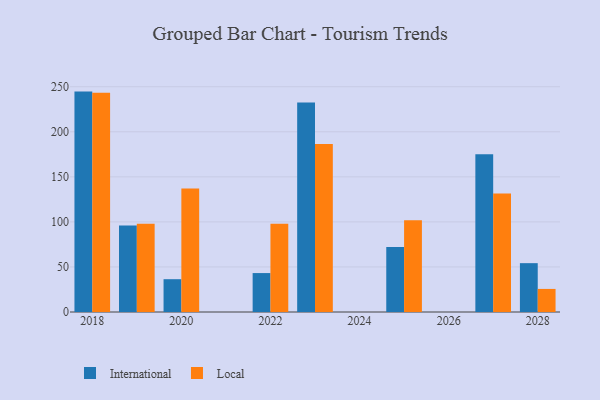
{"axis": {"x": "Year", "y": "Humidity (%)"}, "legend": ["International", "Local"], "data": [{"x": "2023", "y": 232.4, "type": "International"}, {"x": "2023", "y": 186.4, "type": "Local"}, {"x": "2019", "y": 96.0, "type": "International"}, {"x": "2019", "y": 98.0, "type": "Local"}, {"x": "2018", "y": 244.6, "type": "International"}, {"x": "2018", "y": 243.2, "type": "Local"}, {"x": "2022", "y": 43.2, "type": "International"}, {"x": "2022", "y": 98.0, "type": "Local"}, {"x": "2020", "y": 36.4, "type": "International"}, {"x": "2020", "y": 137.0, "type": "Local"}, {"x": "2025", "y": 72.0, "type": "International"}, {"x": "2025", "y": 101.9, "type": "Local"}, {"x": "2027", "y": 175.1, "type": "International"}, {"x": "2027", "y": 131.6, "type": "Local"}, {"x": "2028", "y": 54.2, "type": "International"}, {"x": "2028", "y": 25.6, "type": "Local"}]}